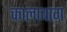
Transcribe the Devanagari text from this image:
कालाबाग़